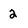
Character: 2